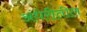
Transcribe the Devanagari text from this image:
अंधेरीतील